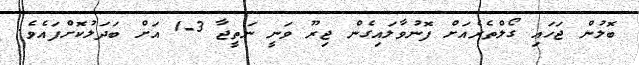
ބޮލުން ޖަހައި ގޯލްތެރެއަށް ފޮނުވާލައިގެން ޖިރޫ ވަނީ ނަތީޖާ 3-1 އަށް ބަދަލުކޮށްފައެވެ.